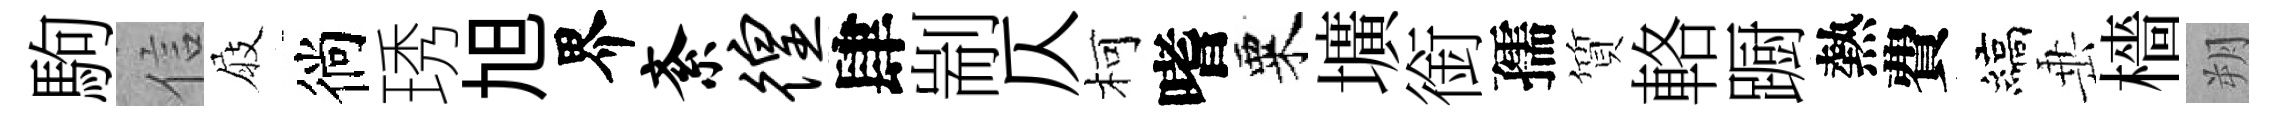
駒信屐徜琇旭界紊徨肆剬仄柯嗜粟壙銜孺質輅蹰熱費縞𡸁檣朔